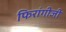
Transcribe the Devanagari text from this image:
फिरांगीजी